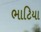
ભાટિયા